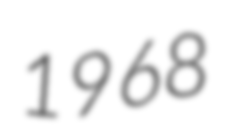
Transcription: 1968